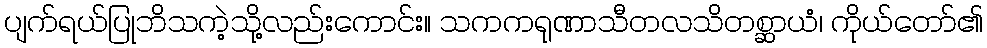
ပျက်ရယ်ပြုဘိသကဲ့သို့လည်းကောင်း။ သကကရုဏာသီတလသိတစ္ဆာယံ၊ ကိုယ်တော်၏